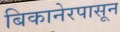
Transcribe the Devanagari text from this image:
बिकानेरपासून